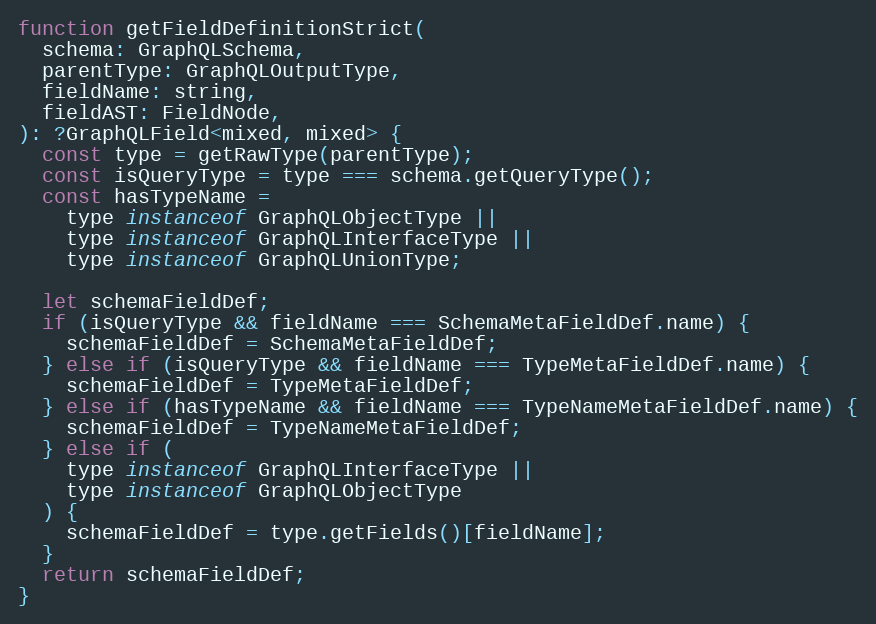
Language: JavaScript
function getFieldDefinitionStrict(
  schema: GraphQLSchema,
  parentType: GraphQLOutputType,
  fieldName: string,
  fieldAST: FieldNode,
): ?GraphQLField<mixed, mixed> {
  const type = getRawType(parentType);
  const isQueryType = type === schema.getQueryType();
  const hasTypeName =
    type instanceof GraphQLObjectType ||
    type instanceof GraphQLInterfaceType ||
    type instanceof GraphQLUnionType;

  let schemaFieldDef;
  if (isQueryType && fieldName === SchemaMetaFieldDef.name) {
    schemaFieldDef = SchemaMetaFieldDef;
  } else if (isQueryType && fieldName === TypeMetaFieldDef.name) {
    schemaFieldDef = TypeMetaFieldDef;
  } else if (hasTypeName && fieldName === TypeNameMetaFieldDef.name) {
    schemaFieldDef = TypeNameMetaFieldDef;
  } else if (
    type instanceof GraphQLInterfaceType ||
    type instanceof GraphQLObjectType
  ) {
    schemaFieldDef = type.getFields()[fieldName];
  }
  return schemaFieldDef;
}